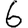
Digit: 6